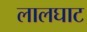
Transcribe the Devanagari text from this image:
लालघाट